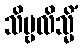
သိမ္ဗလိသ္မိံ